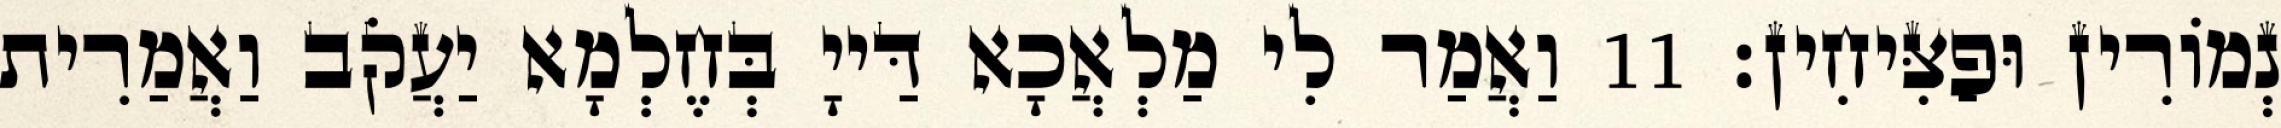
נְמוֹרִין וּפַצִּיחִין׃ 11 וַאֲמַר לִי מַלְאֲכָא דַּייָ בְּחֶלְמָא יַעֲקֹב וַאֲמַרִית